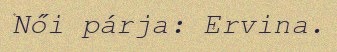
Női párja: Ervina.